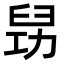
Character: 𠢈